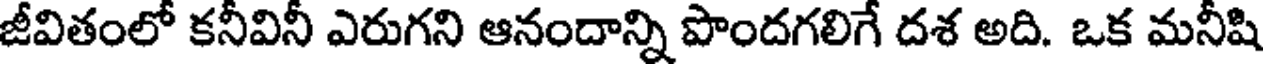
జీవితంలో కనీవినీ ఎరుగని ఆనందాన్ని పొందగలిగే దశ అది. ఒక మనీషి